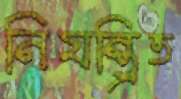
নিযন্ত্রিত